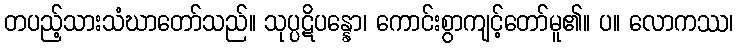
တပည့်သားသံဃာတော်သည်။ သုပ္ပဋိပန္နော၊ ကောင်းစွာကျင့်တော်မူ၏။ ပ။ လောကဿ၊